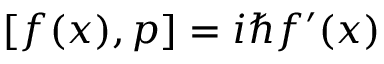
[ f ( x ) , p ] = i \hbar f ^ { \prime } ( x )